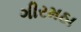
ગીરમઠા